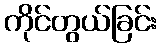
ကိုင်တွယ်ခြင်း